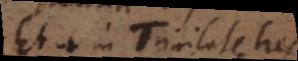
Et ut in Trinitate tres